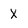
Character: X